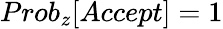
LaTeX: Prob_{z}[Accept]=1